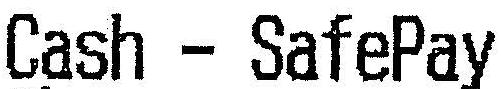
CASH - SAFEPAY